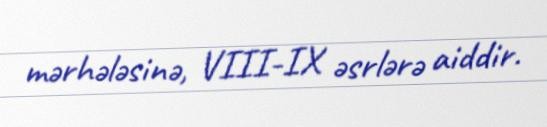
mərhələsinə, VIII-IX əsrlərə aiddir.